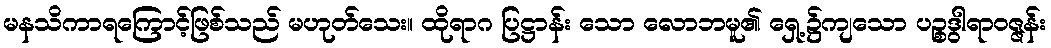
မနသိကာရကြောင့်ဖြစ်သည် မဟုတ်သေး။ ထိုရာဂ ပြဋ္ဌာန်း သော လောဘမူ၏ ရှေ့၌ကျသော ပဉ္စဒွါရာဝဇ္ဇန်း